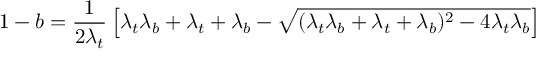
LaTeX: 1 - b = \frac 1 { 2 \lambda _ { t } } \left[ \lambda _ { t } \lambda _ { b } + \lambda _ { t } + \lambda _ { b } - \sqrt { ( \lambda _ { t } \lambda _ { b } + \lambda _ { t } + \lambda _ { b } ) ^ { 2 } - 4 \lambda _ { t } \lambda _ { b } } \right]